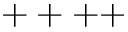
+ + + +